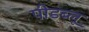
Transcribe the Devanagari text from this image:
पीडब्लू